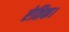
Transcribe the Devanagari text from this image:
ऐतिक।